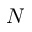
N